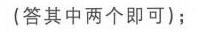
(答其中两个即可)；